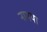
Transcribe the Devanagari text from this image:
नागया